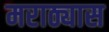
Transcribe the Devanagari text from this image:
मराठ्यास